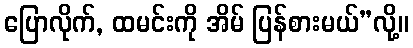
ပြောလိုက်, ထမင်းကို အိမ် ပြန်စားမယ်”လို့။